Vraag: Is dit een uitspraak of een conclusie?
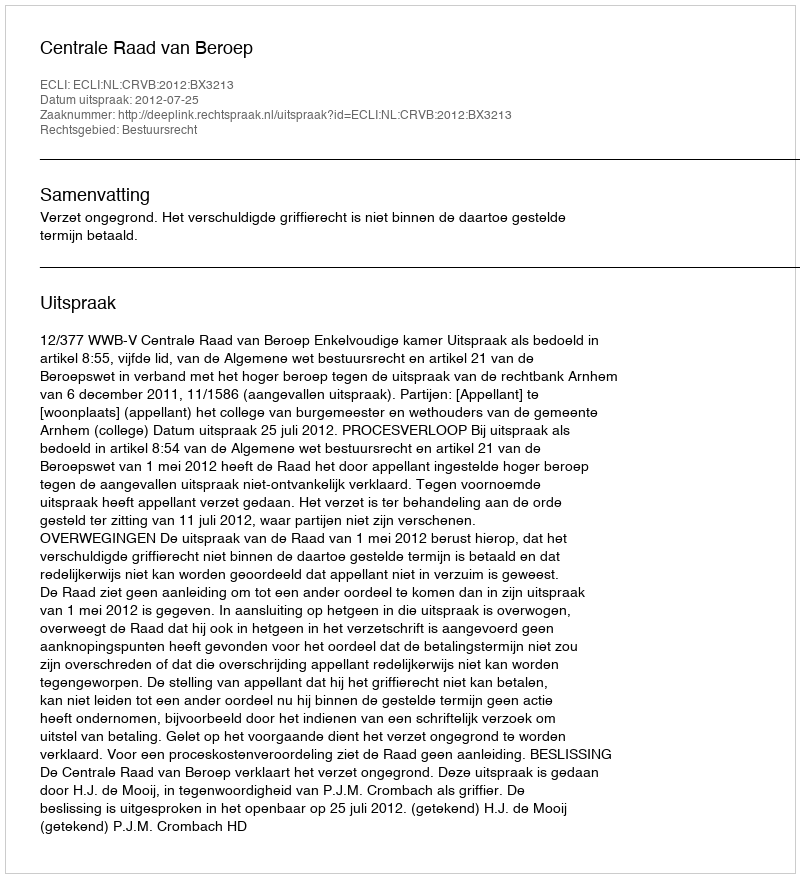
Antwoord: Uitspraak